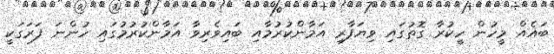
ބައެއް މީހުން ހީކުރާ ގޮތުގައި ވިޔަފާރި އަމާންކުރުމާއި ބައިވެރިވާ އަމާންކުރުމުގައި ހުންނަ ފަރަގަކީ